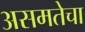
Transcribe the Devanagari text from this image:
असमतेचा